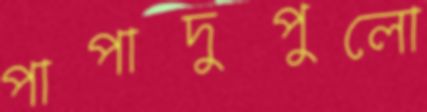
পাপাদুপুলো